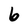
Character: 6